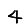
Digit: 4